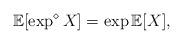
LaTeX: \begin{align*} \mathbb{E}[\exp^{\diamond}X] = \exp{\mathbb{E}[X]},\end{align*}